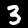
Label: 3